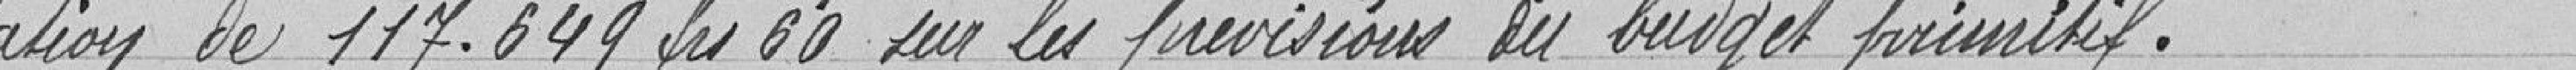
tion de 117.649 francs 60 sur les prévisions du budget primitif.